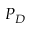
P _ { D }